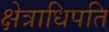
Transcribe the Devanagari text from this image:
क्षेत्राधिपति